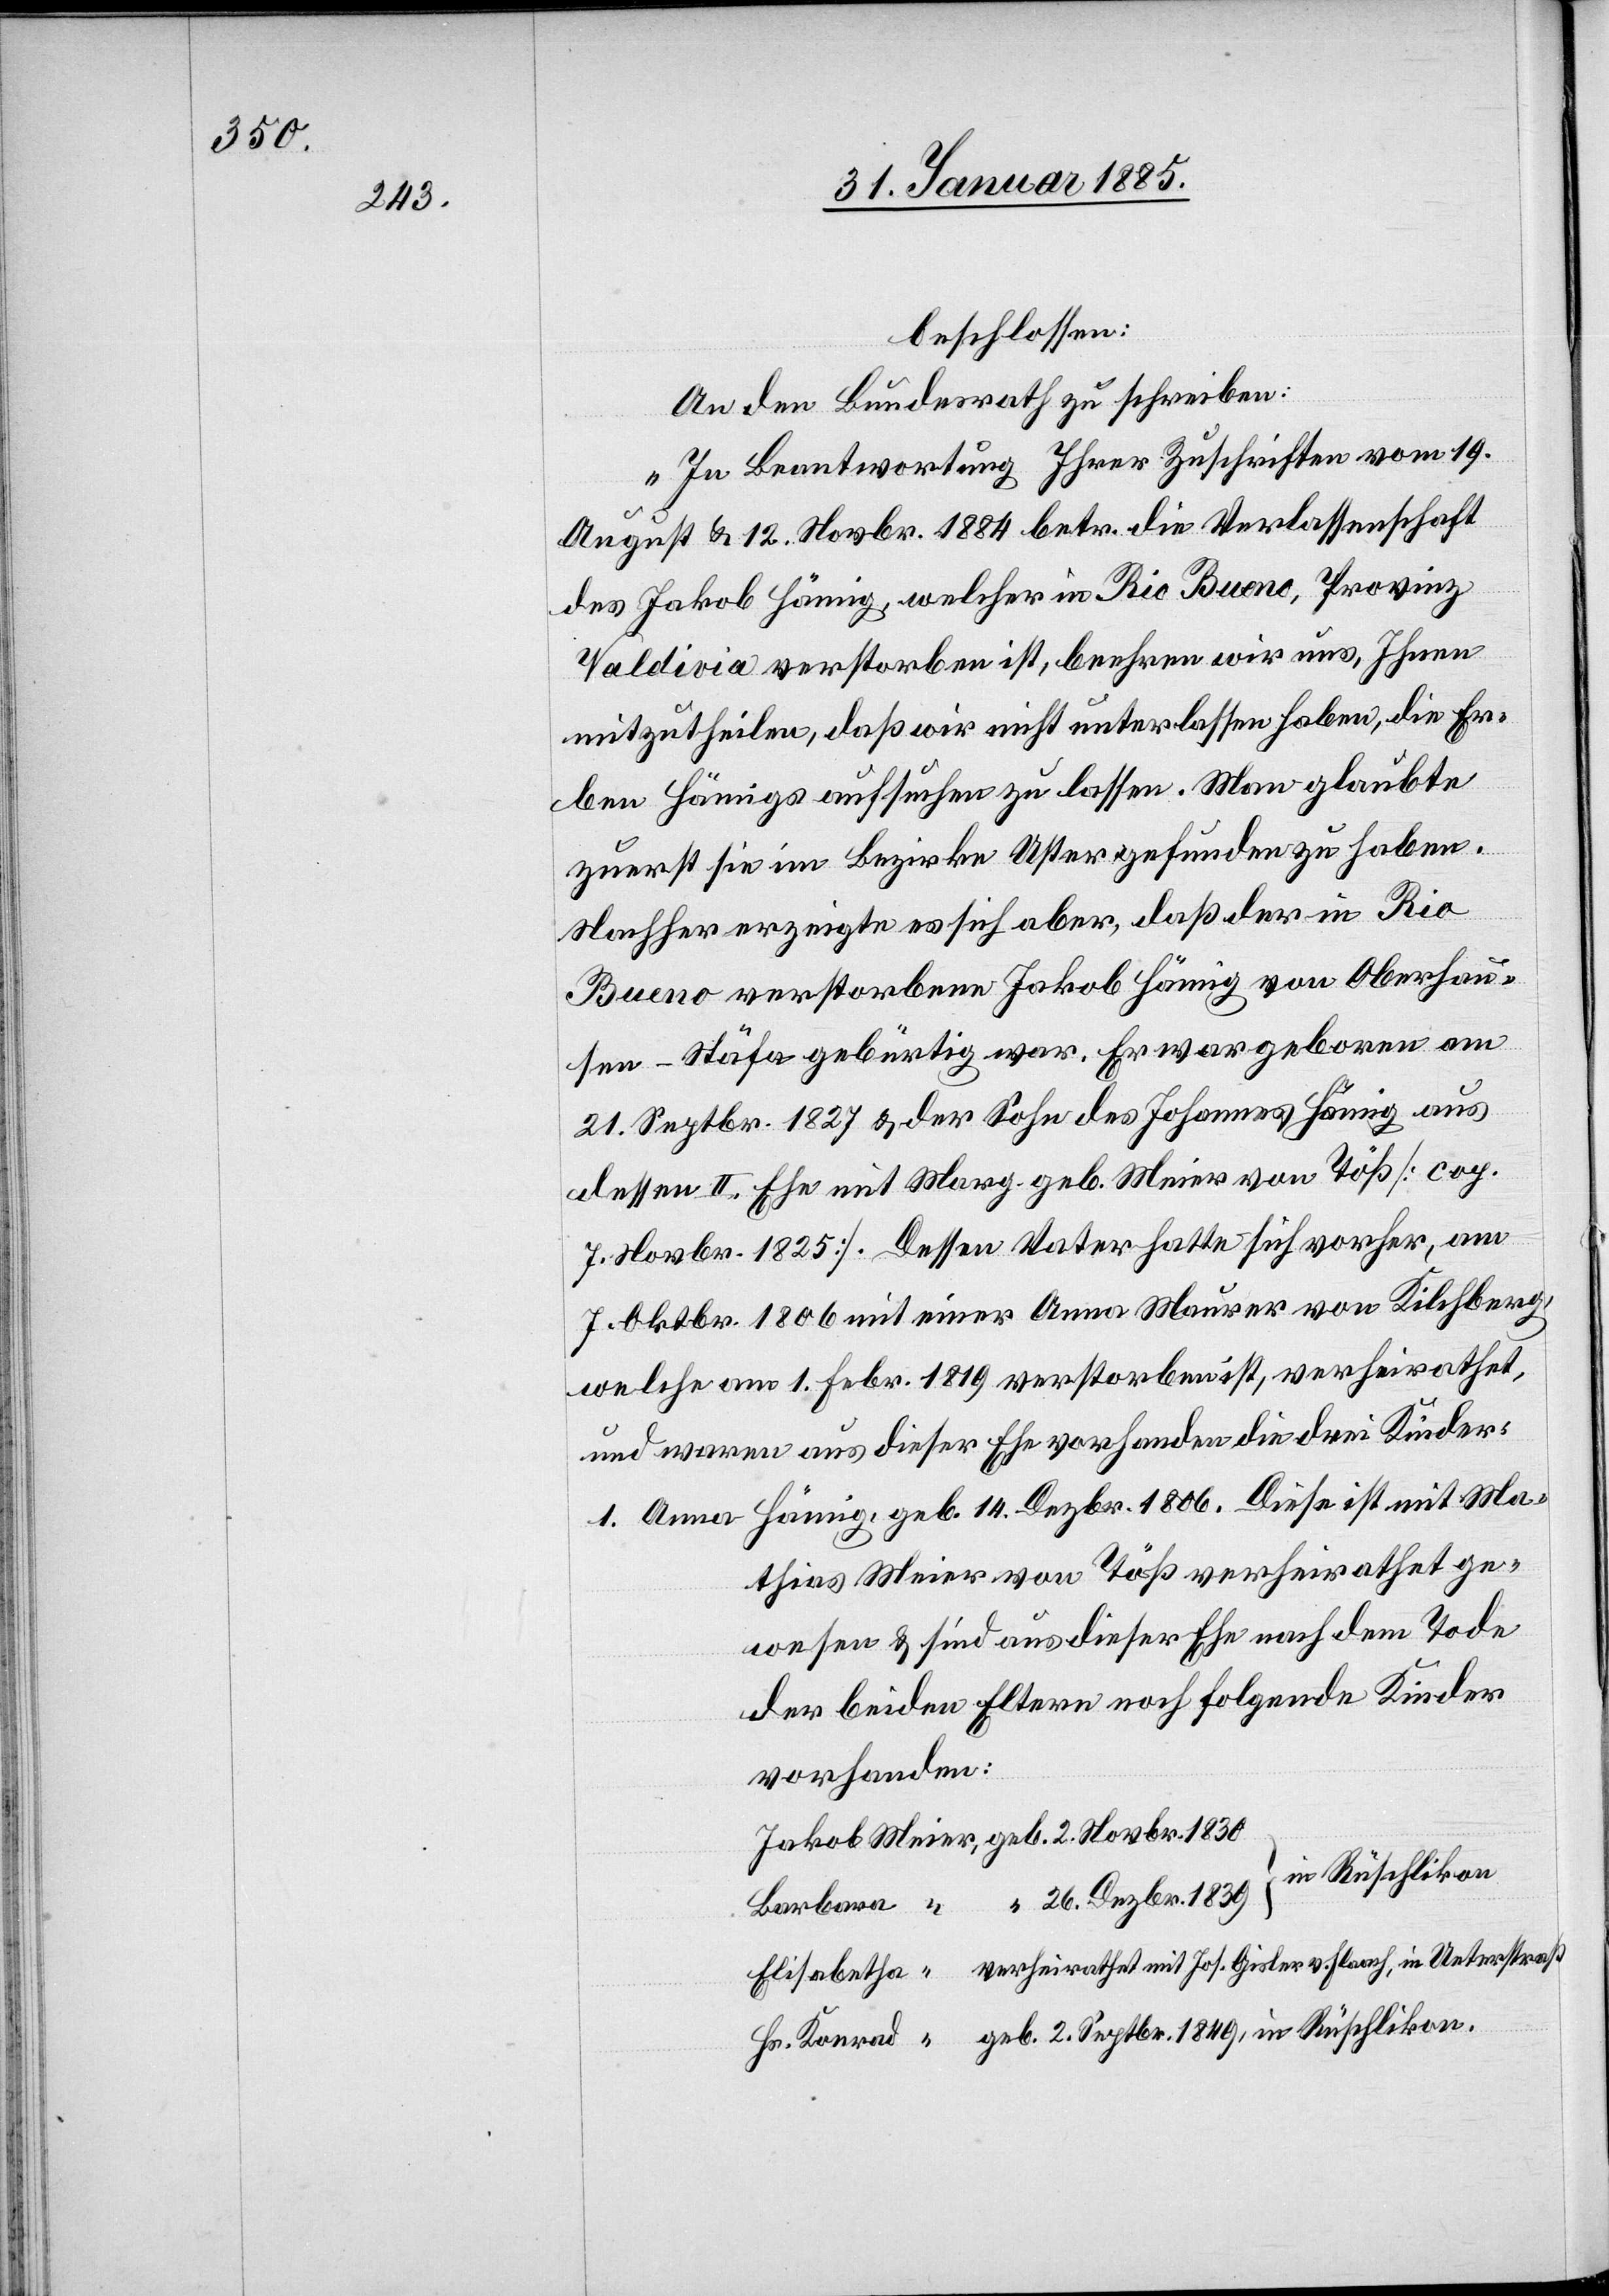
beschlossen:
An den Bundesrath zu schreiben:
„In Beantwortung Ihrer Zuschrift vom 19.
August & 12. Novbr. 1884 betr. die Verlassenschaft
des Jakob Hämig, welcher in Rio Bueno, Provinz
Valdivio verstorben ist, beehren wir uns, Ihnen
mitzutheilen, daß wir nicht unterlassen haben, die Er¬
ben Hämigs aufsuchen zu lassen. Man glaubte
zuerst sie im Bezirke Uster gefunden zu haben.
Nachher erzeigte es sich aber, daß der in Rio
Bueno verstorbene Jakob Hämig von Oberhau¬
sen - Stäfa gebürtig war. Er war geboren am
21. Septbr. 1827 & der Sohn des Johannes Hämig aus
dessen II. Ehe mit Marg. geb. Meier von Töß [cop.
7. Novbr. 1825]. Dessen Vater hatte sich vorher, am
7. Oktbr. 1806 mit einer Anna Maurer von Kilchberg,
welche am 1. Febr. 1819 verstorben ist, verheirathet,
und waren aus dieser Ehe vorhanden die drei Kinder:
1. Anna Hämig, geb. 14. Dezbr. 1806. Diese ist mit Ma¬
thias Meier von Töß verheirathet ge¬
wesen & sind aus dieser Ehe nach dem Tode
der beiden Eltern noch folgende Kinder
vorhanden: